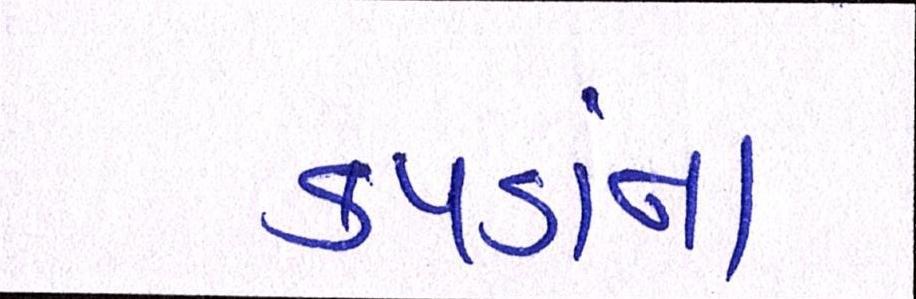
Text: કપડાંના